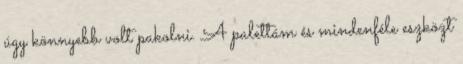
úgy könnyebb volt pakolni. A palettám és mindenféle eszközt